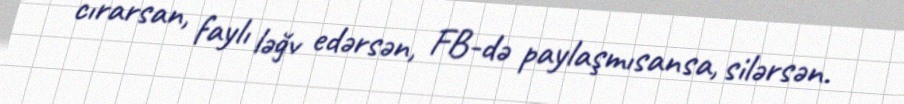
cırarsan, faylı ləğv edərsən, FB-də paylaşmısansa, silərsən.